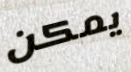
يمكن